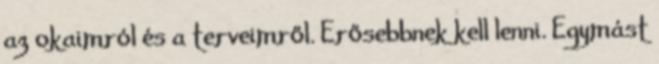
az okaimról és a terveimről. Erősebbnek kell lenni. Egymást